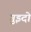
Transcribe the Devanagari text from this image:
गुइदो